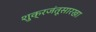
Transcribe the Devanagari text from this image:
शुक्रजंतूसारखा